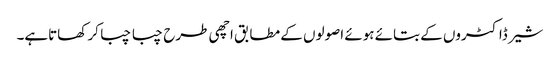
شیر ڈاکٹروں کے بتائے ہوئے اصولوں کے مطابق اچھی طرح چبا چبا کر کھاتاہے۔